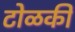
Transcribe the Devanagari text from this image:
टोळकी